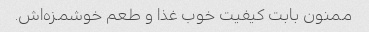
ممنون بابت کیفیت خوب غذا و طعم خوشمزه‌اش.